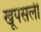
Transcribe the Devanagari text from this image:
खूपसली